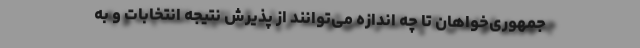
جمهوری‌خواهان تا چه اندازه می‌توانند از پذیرش نتیجه انتخابات و به